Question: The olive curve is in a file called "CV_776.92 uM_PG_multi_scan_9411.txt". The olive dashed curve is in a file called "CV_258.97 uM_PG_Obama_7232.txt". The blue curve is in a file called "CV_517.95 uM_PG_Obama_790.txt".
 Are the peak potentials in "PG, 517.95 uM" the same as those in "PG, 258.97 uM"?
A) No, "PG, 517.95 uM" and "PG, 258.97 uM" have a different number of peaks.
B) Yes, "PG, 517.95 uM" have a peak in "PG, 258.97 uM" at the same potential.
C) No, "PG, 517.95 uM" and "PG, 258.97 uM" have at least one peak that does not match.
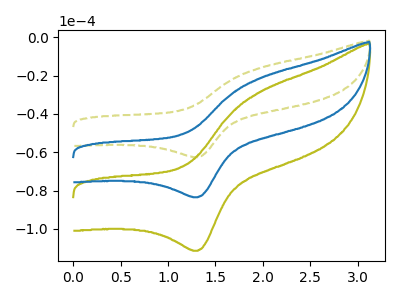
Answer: <think>The olive curve "PG, 776.92 uM" has an anodic peak at (1.95V, -42.70uA) and a cathodic peak at (1.30V, -167.05uA). The olive dashed curve "PG, 258.97 uM" has an anodic peak at (1.95V, -16.00uA) and a cathodic peak at (1.30V, -62.60uA). The blue curve "PG, 517.95 uM" has an anodic peak at (1.95V, -21.35uA) and a cathodic peak at (1.30V, -83.50uA).</think>
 <answer>B) Yes, "PG, 517.95 uM" have a peak in "PG, 258.97 uM" at the same potential.</answer>
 <eval>B</eval>